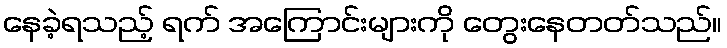
နေခဲ့ရသည့် ရက် အကြောင်းများကို တွေးနေတတ်သည်။